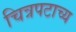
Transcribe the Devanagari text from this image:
चित्रपटाच्य